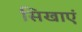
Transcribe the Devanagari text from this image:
सिखाएं